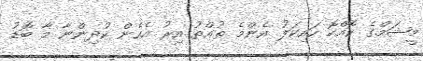
މީޝަމްގެ ކޮއްކޮ ހައިކަލު އެންމެ ތުއްތު އިރު އެހެން ކުދިންނާ މާ ބޮޑު